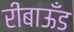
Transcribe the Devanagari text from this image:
रीबाऊँड